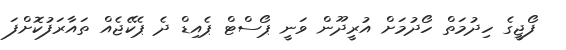
ފޯޖީގެ ހިދުމަތް ހޯދުމަށް އުރީދޫން ވަނީ ޕޯސްޓް ޕެއިޑް ދެ ޕެކޭޖެއް ތައާރަފުކޮށްފަ